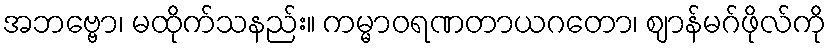
အဘဗ္ဗော၊ မထိုက်သနည်း။ ကမ္မာဝရဏတာယဂတော၊ ဈာန်မဂ်ဖိုလ်ကို